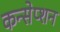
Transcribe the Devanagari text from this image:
कन्सेप्शन